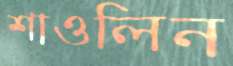
শাওলিন